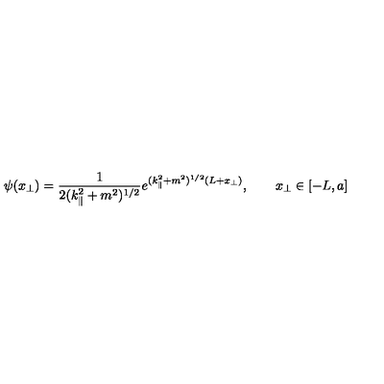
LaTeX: \psi ( x _ { \bot } ) = \frac { 1 } { 2 ( k _ { \| } ^ { 2 } + m ^ { 2 } ) ^ { 1 / 2 } } e ^ { ( k _ { \| } ^ { 2 } + m ^ { 2 } ) ^ { 1 / 2 } ( L + x _ { \bot } ) } , \qquad x _ { \bot } \in [ - L , a ]